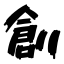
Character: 創